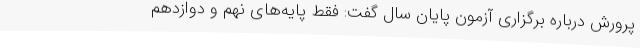
پرورش درباره برگزاری آزمون پایان سال گفت: فقط پایه‌های نهم و دوازدهم